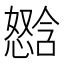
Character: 𫻈